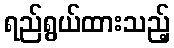
ရည်ရွယ်ထားသည့်